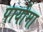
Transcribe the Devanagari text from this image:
पायोमा